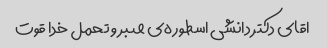
اقای دکتر دانشی اسطوره‌ی صبر و تحمل خدا قوت